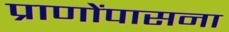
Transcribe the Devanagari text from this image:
प्राणोंपासना